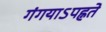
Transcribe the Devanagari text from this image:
गंगयाऽपह्नते